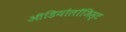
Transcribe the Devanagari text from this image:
ऑडियोलॉजिस्ट